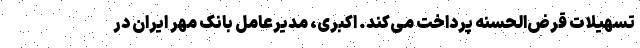
تسهیلات قرض‌الحسنه پرداخت می‌کند. اکبری، مدیرعامل بانک مهر ایران در